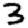
Digit: 3